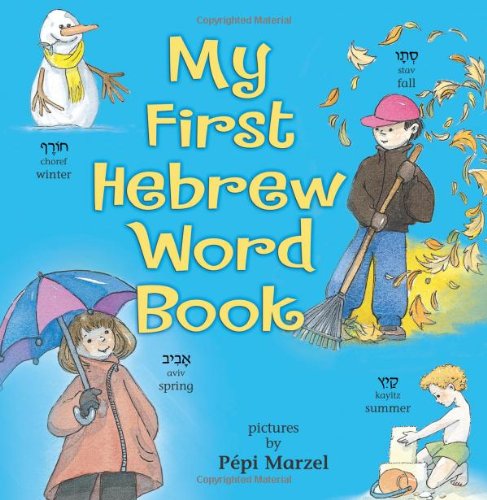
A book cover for My First Hebrew Word Book; Pepi Marzel; Children's Books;